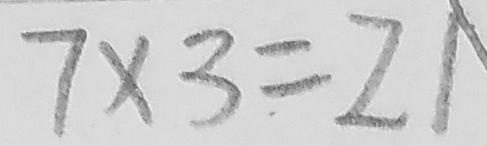
7 \times 3 = 2 1